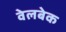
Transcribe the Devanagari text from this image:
वेलबेक